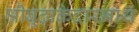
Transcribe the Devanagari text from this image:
श्रीबूढ़ाकेदारनाथ